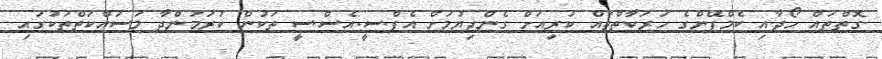
ގޮތްތައް ހޯދާއި ކެމްޕޭންގެ ހަރަކާތްތައް ކުރިއަށް ގެންދިޔުމަށް އެފް.ސީ.އެސް.ސީ ތަކުން ކުރަމުންދާ މަސައްކަތްތަކުގައި